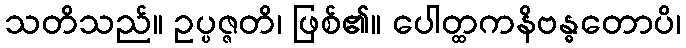
သတိသည်။ ဥပ္ပဇ္ဇတိ၊ ဖြစ်၏။ ပေါတ္ထကနိဗန္ဓတောပိ၊